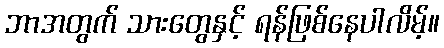
ဘာအတွက် သားတွေနှင့် ရန်ဖြစ်နေပါလိမ့်။